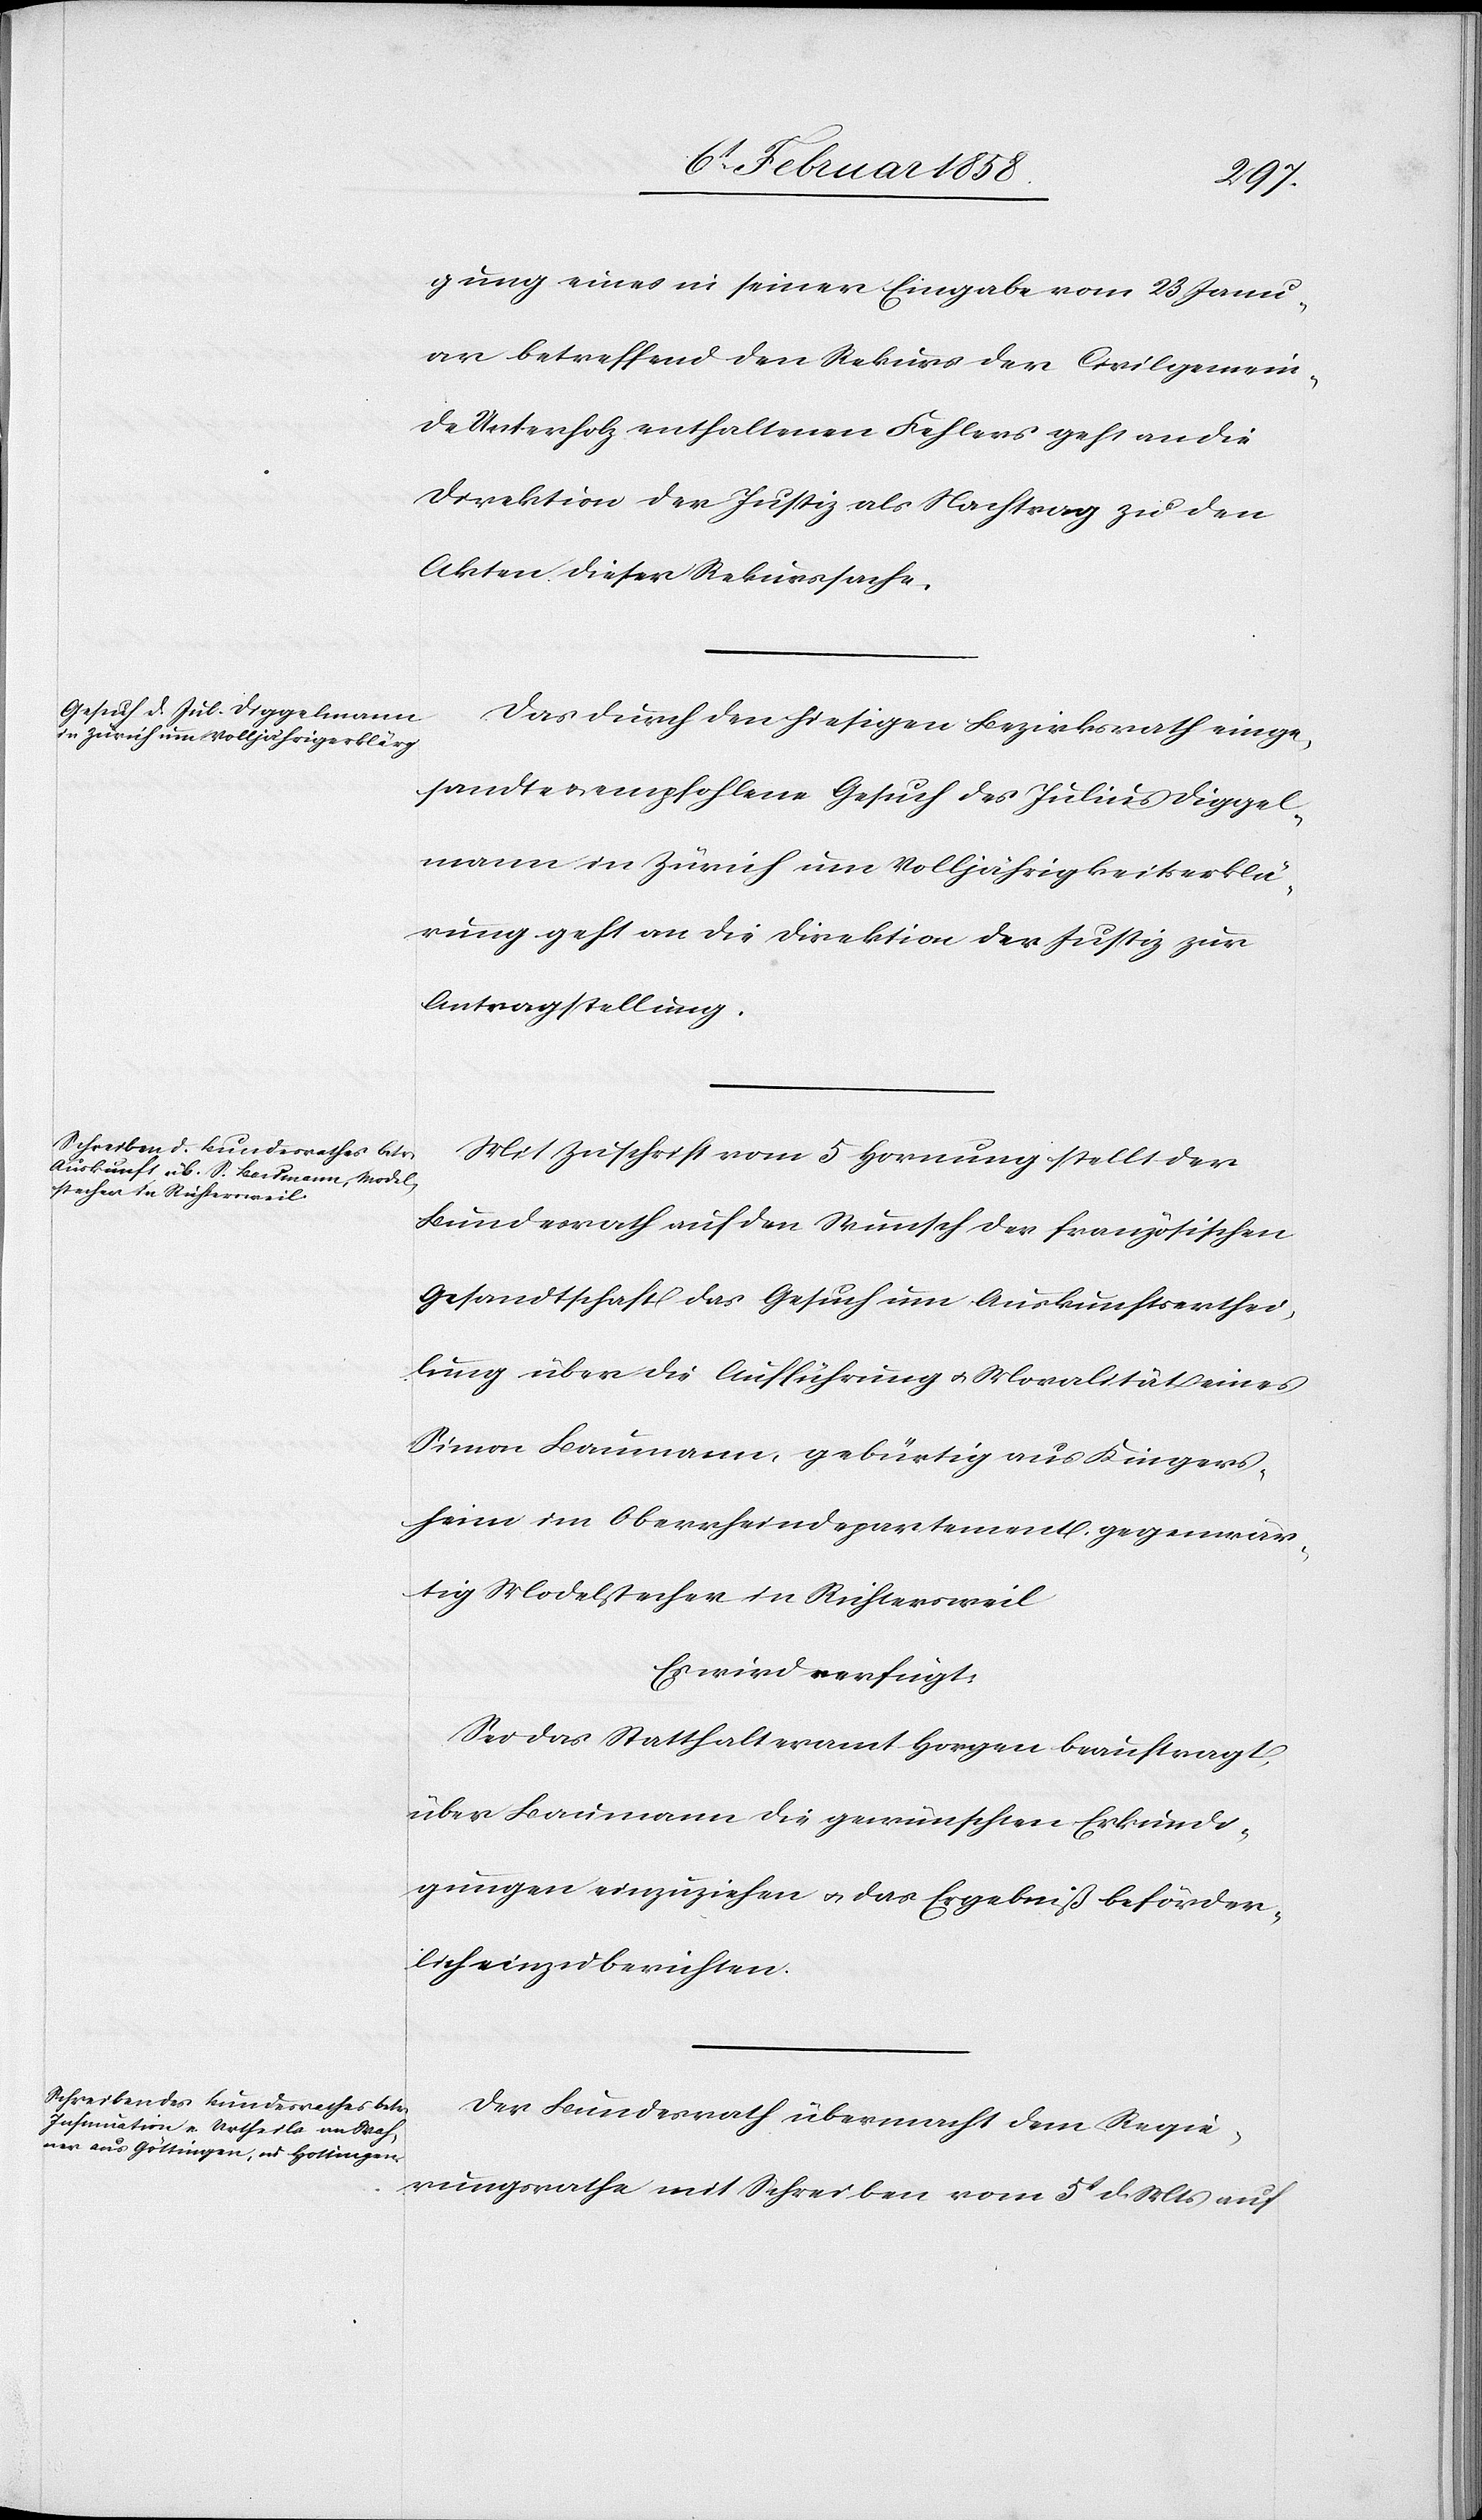
8t Februar 1858.]
gung eines in seiner Eingabe vom 23 Janu¬
ar betreffend den Rekurs der Civilgemein¬
de Unterholz enthaltenen Fehlers geht an die
Direktion der Justiz als Nachtrag zu den
Akten dieser Rekurssache.
Das durch den hiesigen Bezirksrath einge¬
sandte empfohlene Gesuch des Julius Diggel¬
mann in Zürich um Volljährigkeitserklä¬
rung geht an die Direktion der Justiz zur
Antragstellung.
Mit Zuschrift vom 5 Hornung stellt der
Bundesrath auf den Wunsch der französischen
Gesandtschaft das Gesuch um Auskunftserthei¬
lung über die Aufführung u. Moralität eines
Simon Baumann, gebürtig aus Kingers¬
heim im Oberrheindepartement, gegenwär¬
tig Modelstecher in Richtersweil.
Es wird verfügt:
Sei das Statthalteramt Horgen beauftragt,
über Baumann die gewünschten Erkundi¬
gungen einzuziehen u. das Ergebniß beförder¬
lich einzuberichten.
Der Bundesrath übermacht dem Regie¬
rungsrathe mit Schreiben vom 5t d. Mts auf